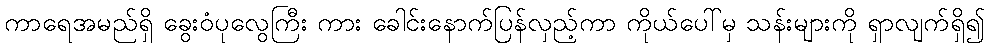
ကာရေအမည်ရှိ ခွေးဝံပုလွေကြီး ကား ခေါင်းနောက်ပြန်လှည့်ကာ ကိုယ်ပေါ်မှ သန်းများကို ရှာလျက်ရှိ၍